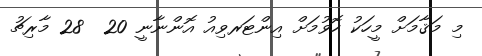
މި މަޤާމަށް މީހަކު ހޮވުމަށް އިންޓަރވިއު އޮންނާނީ 20  28 މާރިޗު